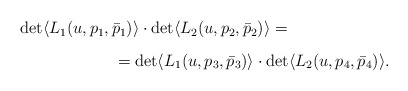
\begin{align*}\begin{array}{l}\det \langle L_{1}(u,p_{1},\bar{p}_{1}) \rangle \cdot \det\langle L_{2}(u,p_{2},\bar{p}_{2}) \rangle = \\\vspace{-2mm}\\\qquad \qquad \qquad = \det \langle L_{1}(u,p_{3},\bar{p}_{3})\rangle \cdot \det \langle L_{2}(u,p_{4},\bar{p}_{4}) \rangle.\end{array}\end{align*}